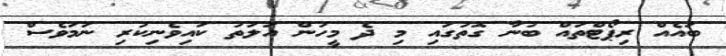
ބައެއް ރިޕޯޓްތައް ބުނާ ގޮތުގައި މި ދެ މީހުން އަލަތު ކައިވެނިކުރި ނަމަވެސް